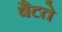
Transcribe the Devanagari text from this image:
बैटते